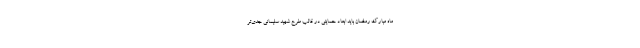
ماه مبارک رمضان باید ابعاد حمایتی در قالب طرح شهید سلیمانی جدی‌تر